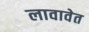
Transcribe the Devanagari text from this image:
लावावेत